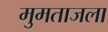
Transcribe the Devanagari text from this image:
मुमताजला